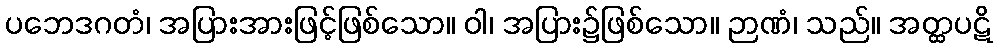
ပဘေဒဂတံ၊ အပြားအားဖြင့်ဖြစ်သော။ ဝါ၊ အပြား၌ဖြစ်သော။ ဉာဏံ၊ သည်။ အတ္ထပဋိ